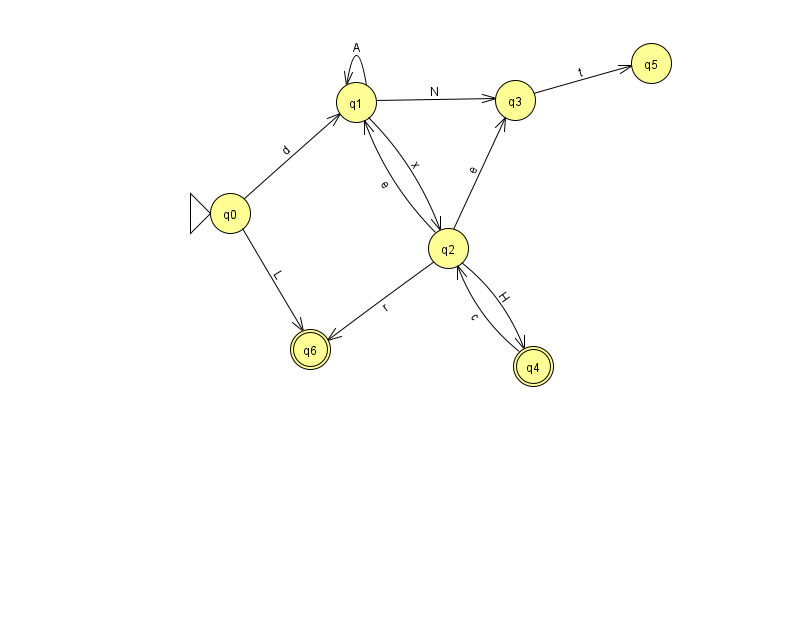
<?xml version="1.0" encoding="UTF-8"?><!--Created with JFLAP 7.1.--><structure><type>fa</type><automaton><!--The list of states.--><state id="0" name="q0"><x>230.0</x><y>200.0</y><initial/></state><state id="1" name="q1"><x>356.0</x><y>89.0</y></state><state id="2" name="q2"><x>448.0</x><y>235.0</y></state><state id="3" name="q3"><x>515.0</x><y>87.0</y></state><state id="4" name="q4"><x>533.0</x><y>353.0</y><final/></state><state id="5" name="q5"><x>651.0</x><y>50.0</y></state><state id="6" name="q6"><x>310.0</x><y>336.0</y><final/></state><!--The list of transitions.--><transition><from>0</from><to>6</to><read>L</read></transition><transition><from>1</from><to>1</to><read>A</read></transition><transition><from>1</from><to>3</to><read>N</read></transition><transition><from>1</from><to>2</to><read>x</read></transition><transition><from>2</from><to>4</to><read>H</read></transition><transition><from>2</from><to>3</to><read>e</read></transition><transition><from>2</from><to>1</to><read>e</read></transition><transition><from>3</from><to>5</to><read>t</read></transition><transition><from>0</from><to>1</to><read>d</read></transition><transition><from>2</from><to>6</to><read>r</read></transition><transition><from>4</from><to>2</to><read>c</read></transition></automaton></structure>